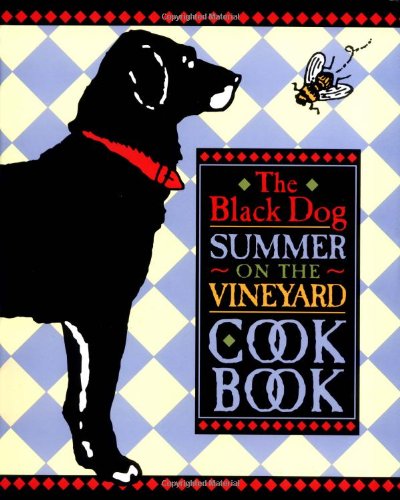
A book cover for The Black Dog Summer on the Vineyard Cookbook; Joseph Hall; Cookbooks, Food & Wine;